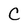
Character: C